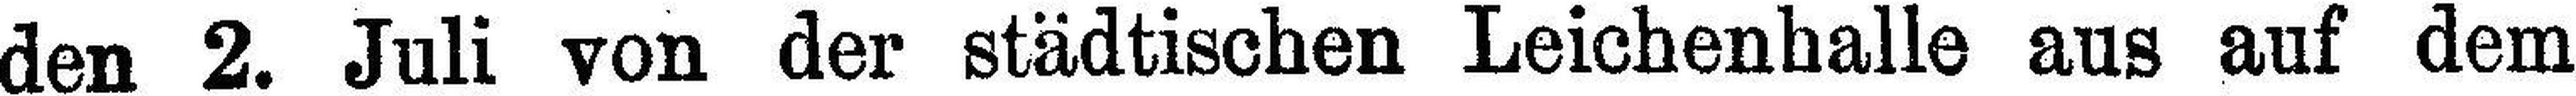
den 2. Juli von der städtischen Leichenhalle aus auf dem